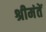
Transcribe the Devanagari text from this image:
श्रीमंतें